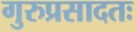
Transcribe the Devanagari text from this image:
गुरुप्रसादतः